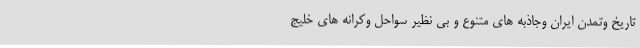
تاریخ وتمدن ایران وجاذبه های متنوع و بی نظیر سواحل وکرانه های خلیج